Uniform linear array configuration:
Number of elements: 32
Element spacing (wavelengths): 0.75
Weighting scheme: exponential
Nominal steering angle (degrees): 45
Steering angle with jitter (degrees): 45.832
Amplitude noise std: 0.05
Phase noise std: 0.05

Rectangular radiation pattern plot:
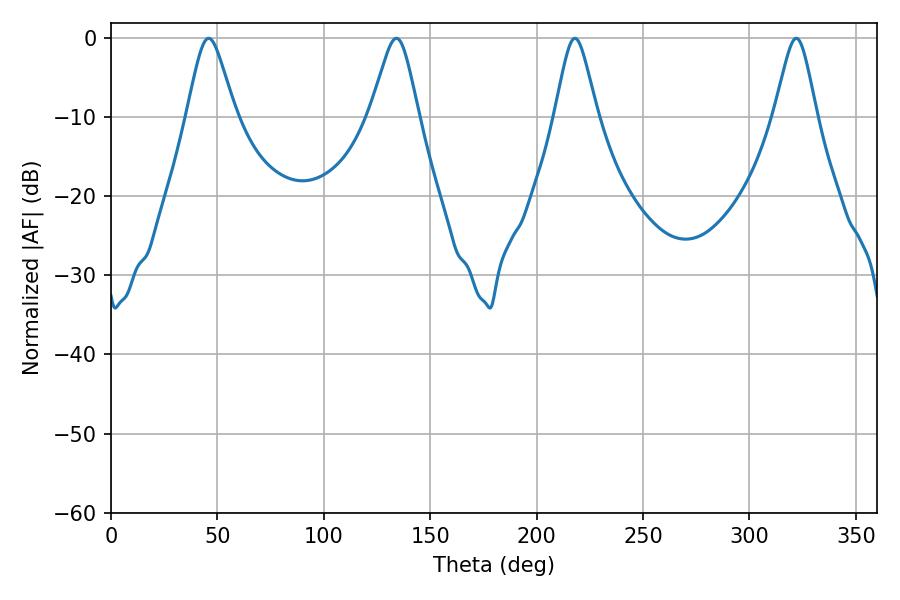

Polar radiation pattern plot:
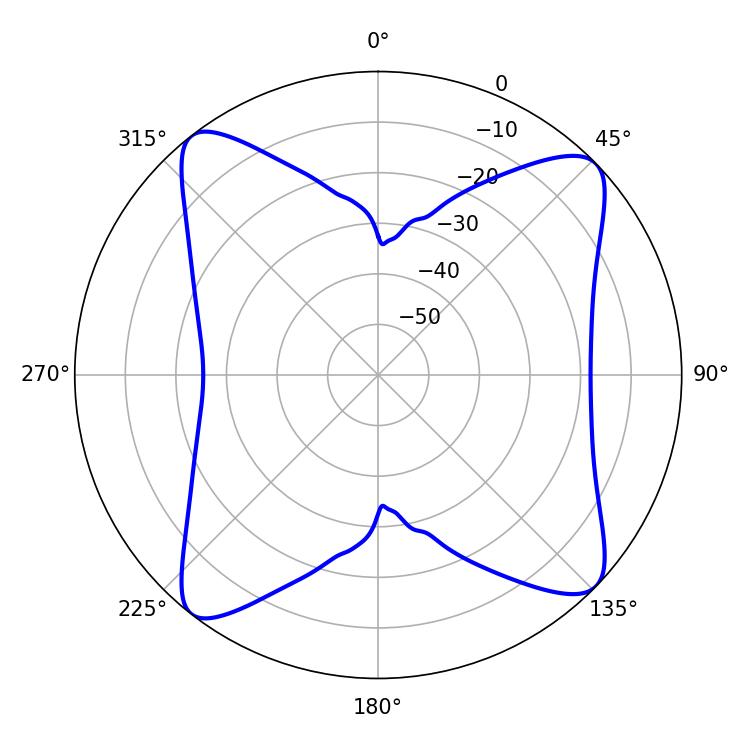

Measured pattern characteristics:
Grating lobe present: TRUE
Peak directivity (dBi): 13.262
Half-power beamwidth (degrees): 9.54
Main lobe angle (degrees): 217.98